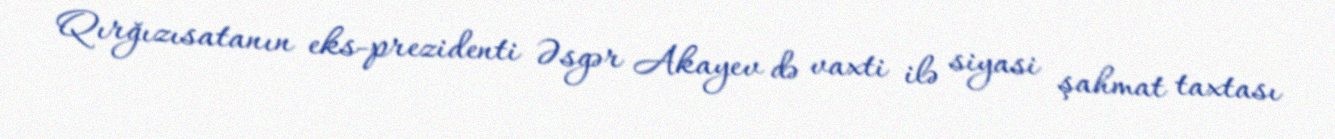
Qırğızısatanın eks-prezidenti Əsgər Akayev də vaxti ilə siyasi şahmat taxtası